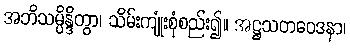
အဘိသမ္ပိန္ဒိတွာ၊ သိမ်းကျုံးစုံစည်း၍။ အဋ္ဌသတဝေဒနာ၊